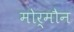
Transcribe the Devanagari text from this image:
मोर्मौन